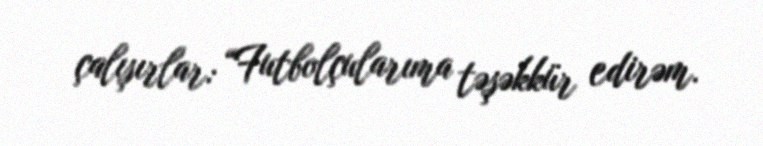
çalışırlar: “Futbolçularıma təşəkkür edirəm.